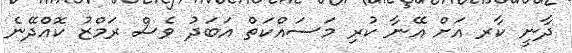
ދާނީ ކާރ އަށް އޭނާ ކުރި މަސައްކަތް އަބަދު ވެސް ރަމްޒު ކޮއްދޭނެ